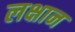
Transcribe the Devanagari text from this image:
लक्षान